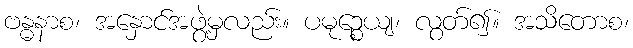
ဗန္ဓနာစ၊ အနှောင်အဖွဲ့မှလည်း။ ပမုဉ္စေယျ၊ လွတ်၍။ အသိတောစ၊